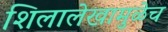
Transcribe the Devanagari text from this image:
शिलालेखामुळेच